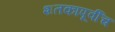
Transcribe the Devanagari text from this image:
शतकापूर्वीच